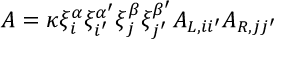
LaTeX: A = \kappa \xi _ { i } ^ { \alpha } \xi _ { i ^ { \prime } } ^ { \alpha ^ { \prime } } \xi _ { j } ^ { \beta } \xi _ { j ^ { \prime } } ^ { \beta ^ { \prime } } A _ { L , i i ^ { \prime } } A _ { R , j j ^ { \prime } }